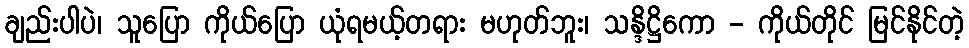
ချည်းပါပဲ၊ သူပြော ကိုယ်ပြော ယုံရမယ့်တရား မဟုတ်ဘူး၊ သန္ဒိဋ္ဌိကော - ကိုယ်တိုင် မြင်နိုင်တဲ့